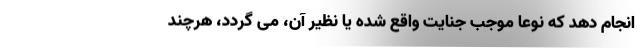
انجام دهد که نوعاً موجب جنایت واقع شده یا نظیر آن، می گردد، هرچند